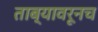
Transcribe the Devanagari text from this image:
ताब्यावरूनच